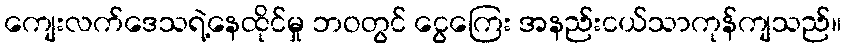
ကျေးလက်ဒေသရဲ့နေထိုင်မှု ဘဝတွင် ငွေကြေး အနည်းငယ်သာကုန်ကျသည်။